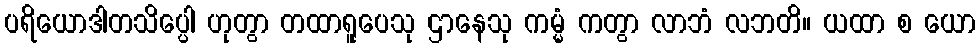
ပရိယောဒါတသိပ္ပေါ ဟုတွာ တထာရူပေသု ဌာနေသု ကမ္မံ ကတွာ လာဘံ လဘတိ။ ယထာ စ ယော